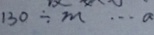
1 3 0 \div m \cdots a